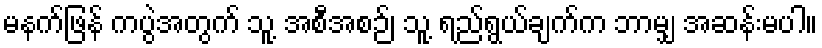
မနက်ဖြန် ကပွဲအတွက် သူ့ အစီအစဉ်၊ သူ့ ရည်ရွယ်ချက်က ဘာမျှ အဆန်းမပါ။